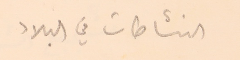
النشاطات في البلاد